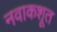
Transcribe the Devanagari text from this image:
नवाकशूत